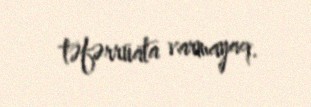
təfərrüata varmayaq.